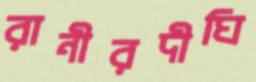
রানীরদীঘি